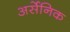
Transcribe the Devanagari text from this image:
अर्सेनिक